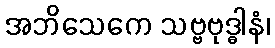
အဘိသေကေ သဗ္ဗဗုဒ္ဓါနံ၊